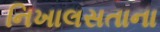
નિખાલસતાના